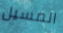
المسيل